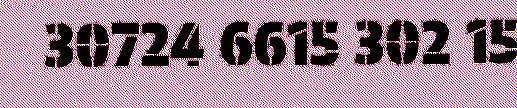
30724 6615 302 15